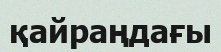
қайраңдағы